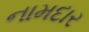
નામદાર